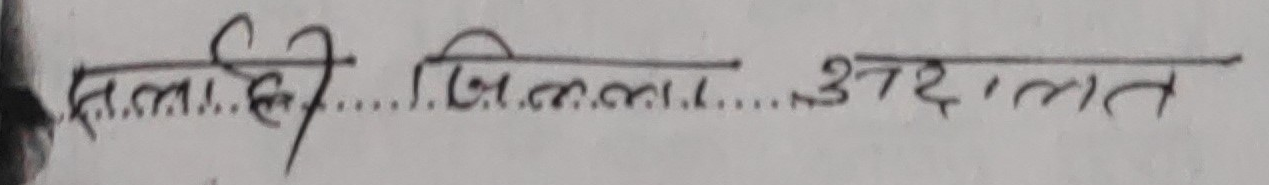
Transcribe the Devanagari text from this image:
सल्लाही जिल्ला अदालत